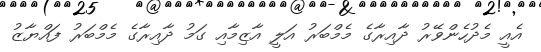
އެއީ މެދުހެންވޭރު ދާއިރާގެ މެމްބަރު އަލީ އާޒިމާއި ގަމު ދާއިރާގެ މެމްބަރު ފައްޔާޒު